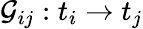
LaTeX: \mathcal{G}_{ij}:t_{i}\rightarrow t_{j}